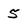
Character: 5